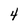
Character: 4